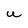
Character: U